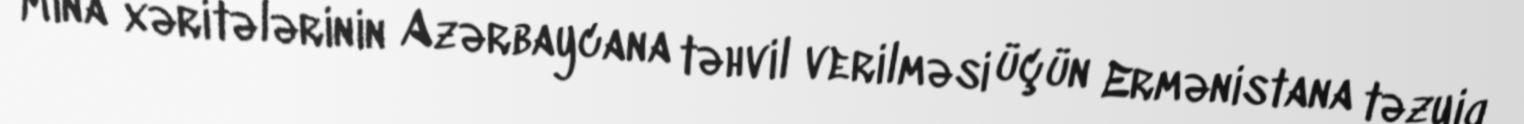
Mina xəritələrinin Azərbaycana təhvil verilməsi üçün Ermənistana təzyiq